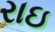
રાઇ